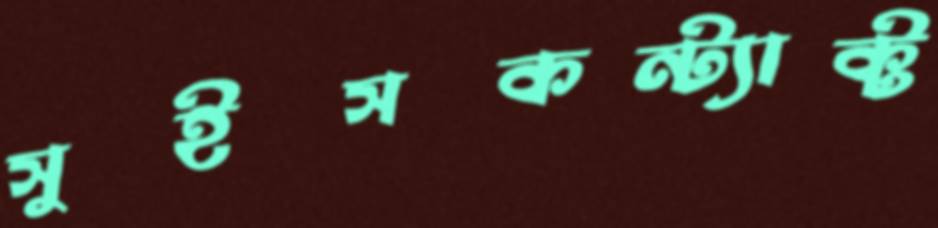
সুইসকন্ট্যাক্ট